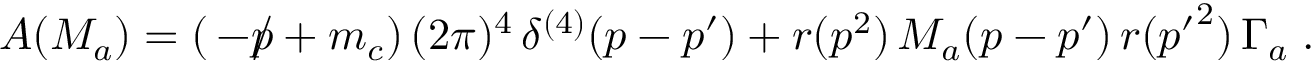
A ( M _ { a } ) = ( \, - \rlap / p + m _ { c } ) \, ( 2 \pi ) ^ { 4 } \, \delta ^ { ( 4 ) } ( p - p ^ { \prime } ) + r ( p ^ { 2 } ) \, M _ { a } ( p - p ^ { \prime } ) \, r ( { p ^ { \prime } } ^ { 2 } ) \, \Gamma _ { a } \; .